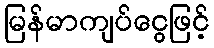
မြန်မာကျပ်ငွေဖြင့်